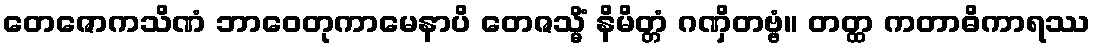
တေဇောကသိဏံ ဘာဝေတုကာမေနာပိ တေဇသ္မိံ နိမိတ္တံ ဂဏှိတဗ္ဗံ။ တတ္ထ ကတာဓိကာရဿ